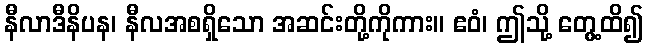
နီလာဒီနိပန၊ နီလအစရှိသော အဆင်းတို့ကိုကား။ ဧဝံ၊ ဤသို့ တွေ့ထိ၍